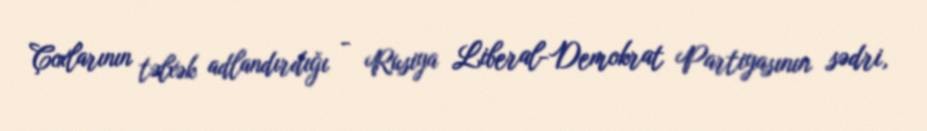
Çoxlarının təlxək adlandırdığı - Rusiya Liberal-Demokrat Partiyasının sədri,